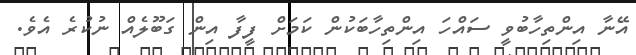
އޭނާ އިންތިހާބުވީ ސައްހަ އިންތިހާބަކުން ކަމަށް ފީފާ އިން ގަބޫލެއް ނުކުރެ އެވެ.